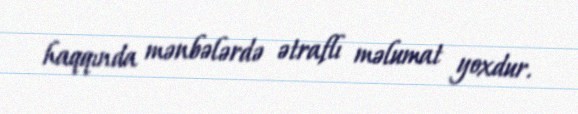
haqqında mənbələrdə ətraflı məlumat yoxdur.